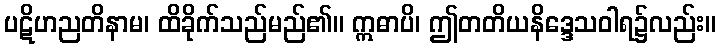
ပဋိဟညတိနာမ၊ ထိခိုက်သည်မည်၏။ ဣဓာပိ၊ ဤတတိယနိဒ္ဒေသဝါရ၌လည်း။